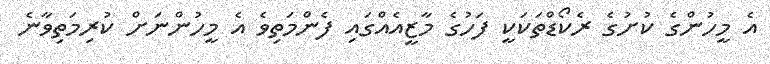
އެ މީހުންގެ ކުށުގެ ރެކޯޑްތަކަކީ ފަހުގެ މާޒީއެއްގައި ފެންމަތިވެ އެ މީހުންނަށް ކުރިމަތިވާނެ